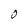
Character: O